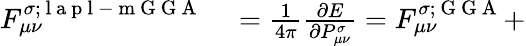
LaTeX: \begin{array}{rl}{F_{\mu\nu}^{\sigma;\mathrm{~l~a~p~l~-~m~G~G~A~}}}&{{}=\frac{1}{4\pi}\frac{\partial E}{\partial P_{\mu\nu}^{\sigma}}=F_{\mu\nu}^{\sigma;\mathrm{~G~G~A~}}+}\end{array}